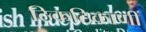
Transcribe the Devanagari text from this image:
ठिकठिकाणीं